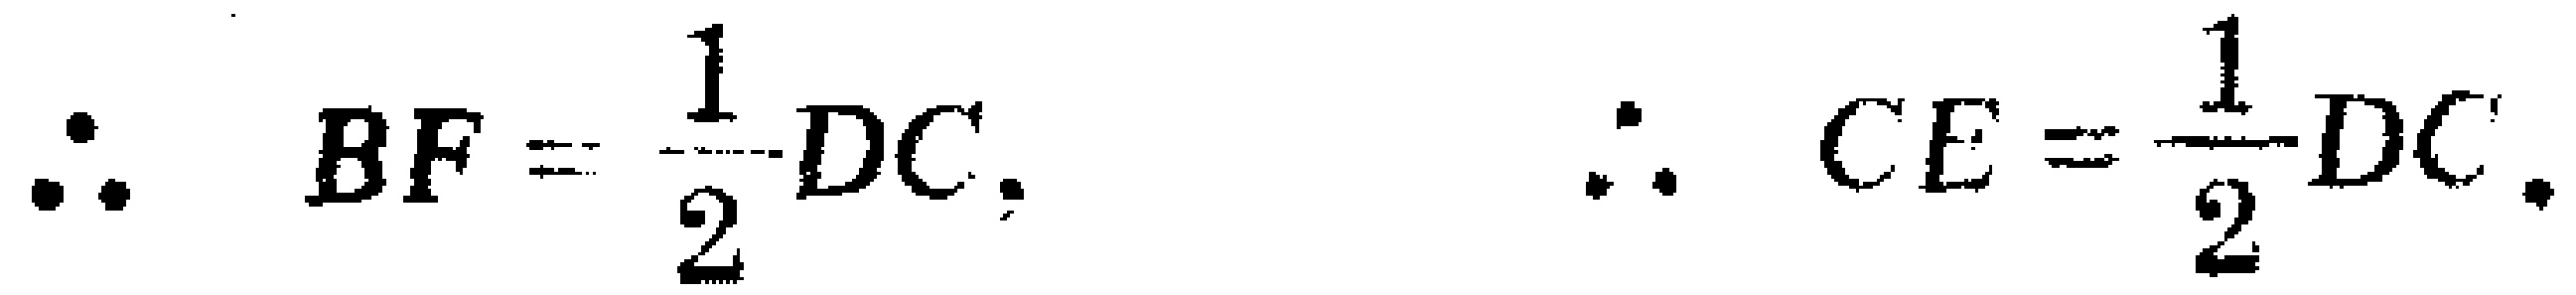
\(\therefore BF=\frac{1}{2}DC.\ \ \ \therefore CE=\frac{1}{2}DC.\)